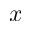
x